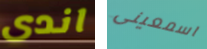
اندى اسمعينى